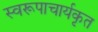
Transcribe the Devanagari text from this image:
स्वरूपाचार्यकृत